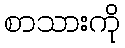
စာသားကို